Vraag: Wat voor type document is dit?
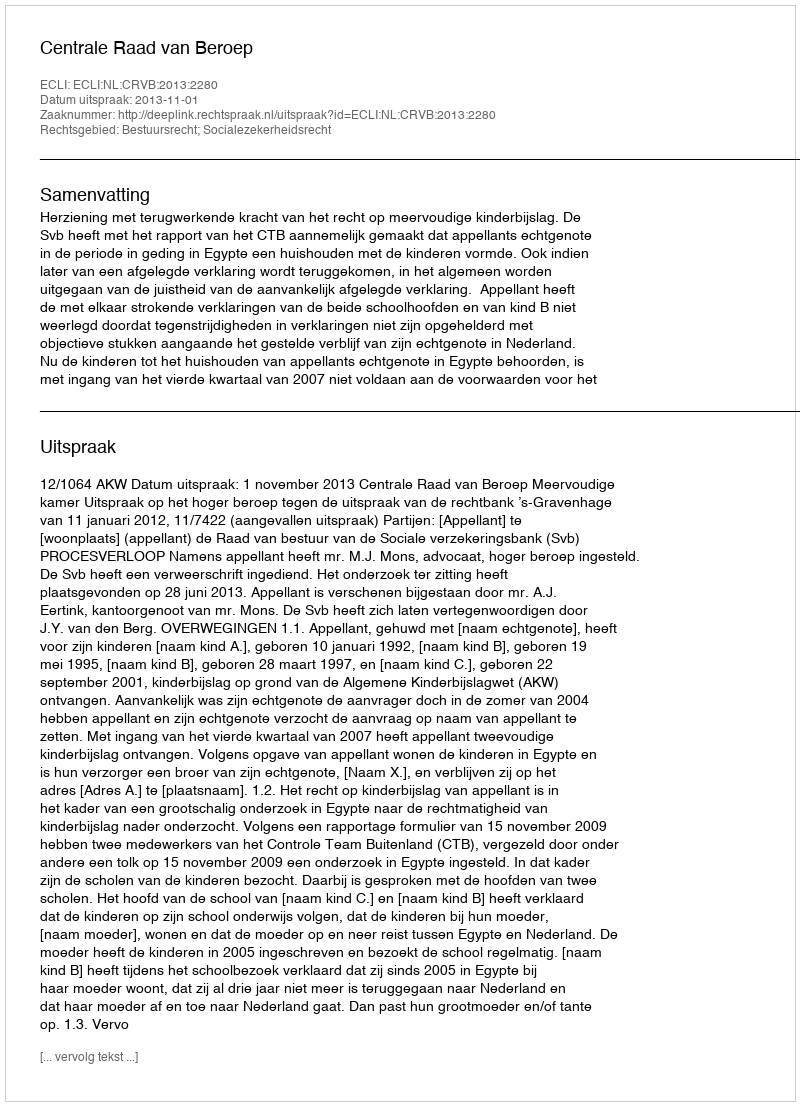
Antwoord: Uitspraak